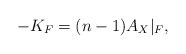
\begin{align*}-K_F=(n-1)A_X\vert_F,\end{align*}